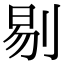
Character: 剔